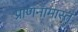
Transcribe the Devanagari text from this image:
प्राणनामास्त